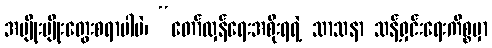
အမျိုးမျိုးတွေးစရာပါပဲ၊ “တော်လှန်ရေးအစိုးရရဲ့ သာသနာ သန့်ရှင်းရေးကိစ္စမှာ